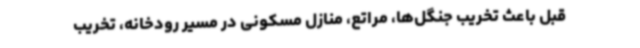
قبل باعث تخریب جنگل‌ها، مراتع، منازل مسکونی در مسیر رودخانه، تخریب